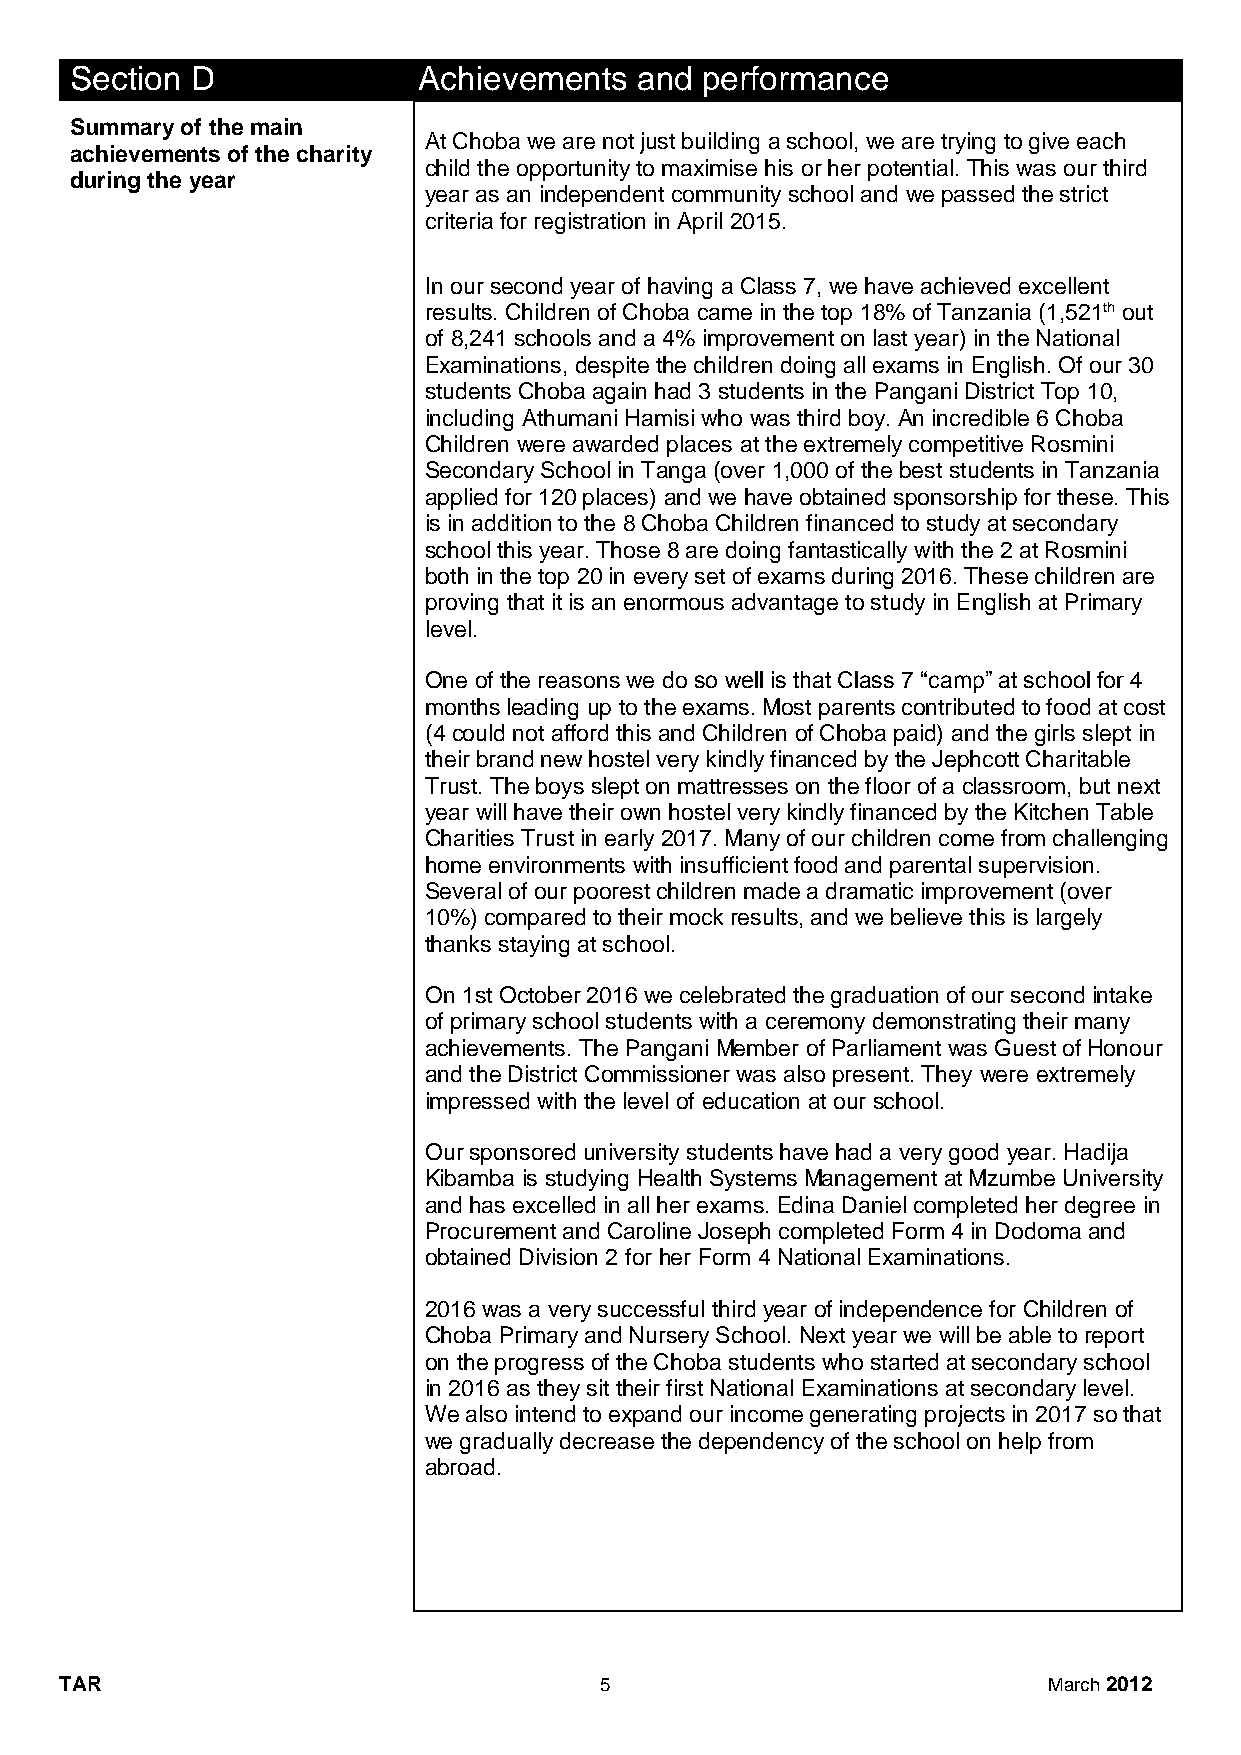
Section D              Achievements  and performance
 Summary of the main
 At Choba we are not just building a school, we are trying to give each
 achievements of the charity
 child the opportunity to maximise his or her potential. This was our third
 during the year
 year as an independent community school and we passed the strict
 criteria for registration in April 2015.
 In our second year of having a Class 7, we have achieved excellent
 results. Children of Choba came in the top 18% of Tanzania (1,521th out
 of 8,241 schools and a 4% improvement on last year) in the National
 Examinations, despite the children doing all exams in English. Of our 30
 students Choba again had 3 students in the Pangani District Top 10,
 including Athumani Hamisi who was third boy. An incredible 6 Choba
 Children were awarded places at the extremely competitive Rosmini
 Secondary School in Tanga (over 1,000 of the best students in Tanzania
 applied for 120 places) and we have obtained sponsorship for these. This
 is in addition to the 8 Choba Children financed to study at secondary
 school this year. Those 8 are doing fantastically with the 2 at Rosmini
 both in the top 20 in every set of exams during 2016. These children are
 proving that it is an enormous advantage to study in English at Primary
 level.
 One of the reasons we do so well is that Class 7 “camp” at school for 4
 months leading up to the exams. Most parents contributed to food at cost
 (4 could not afford this and Children of Choba paid) and the girls slept in
 their brand new hostel very kindly financed by the Jephcott Charitable
 Trust. The boys slept on mattresses on the floor of a classroom, but next
 year will have their own hostel very kindly financed by the Kitchen Table
 Charities Trust in early 2017. Many of our children come from challenging
 home environments with insufficient food and parental supervision.
 Several of our poorest children made a dramatic improvement (over
 10%) compared to their mock results, and we believe this is largely
 thanks staying at school.
 On 1st October 2016 we celebrated the graduation of our second intake
 of primary school students with a ceremony demonstrating their many
 achievements. The Pangani Member of Parliament was Guest of Honour
 and the District Commissioner was also present. They were extremely
 impressed with the level of education at our school.
 Our sponsored university students have had a very good year. Hadija
 Kibamba is studying Health Systems Management at Mzumbe University
 and has excelled in all her exams. Edina Daniel completed her degree in
 Procurement and Caroline Joseph completed Form 4 in Dodoma and
 obtained Division 2 for her Form 4 National Examinations.
 2016 was a very successful third year of independence for Children of
 Choba Primary and Nursery School. Next year we will be able to report
 on the progress of the Choba students who started at secondary school
 in 2016 as they sit their first National Examinations at secondary level.
 We also intend to expand our income generating projects in 2017 so that
 we gradually decrease the dependency of the school on help from
 abroad.
 TAR                                 5                            March 2012